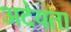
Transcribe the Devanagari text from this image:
अदेयता